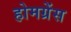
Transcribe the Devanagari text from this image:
होमग्रेंस